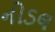
નોડલ